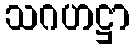
သဂဟဋ္ဌာ